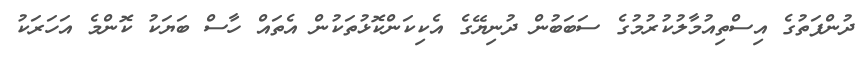
ދުންފަތުގެ އިސްތިއުމާލުކުރުމުގެ ސަބަބުން ދުނިޔޭގެ އެކިކަންކޮޅުތަކުން އެތައް ހާސް ބަޔަކު ކޮންމެ އަހަރަކު